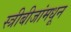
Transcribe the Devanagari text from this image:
स्त्रीबीजांमधून